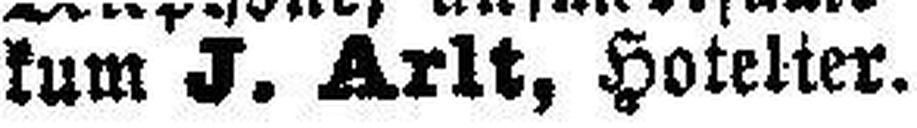
kum J. Arlt, Hotelier.